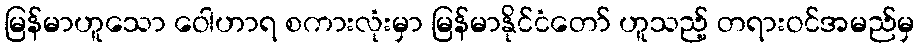
မြန်မာဟူသော ဝေါဟာရ စကားလုံးမှာ မြန်မာနိုင်ငံတော် ဟူသည့် တရားဝင်အမည်မှ